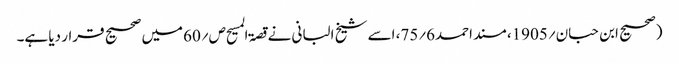
(صحیح ابن حبان؍1905، مسند احمد6؍75، اسے شیخ البانی نے قصۃ المسیح ص؍60میں صحیح قرار دیا ہے۔